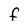
Character: F